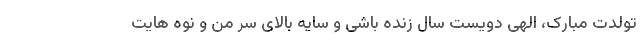
تولدت مبارک، الهی دویست سال زنده باشی و سایه بالای سر من و نوه هایت